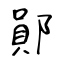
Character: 鄖